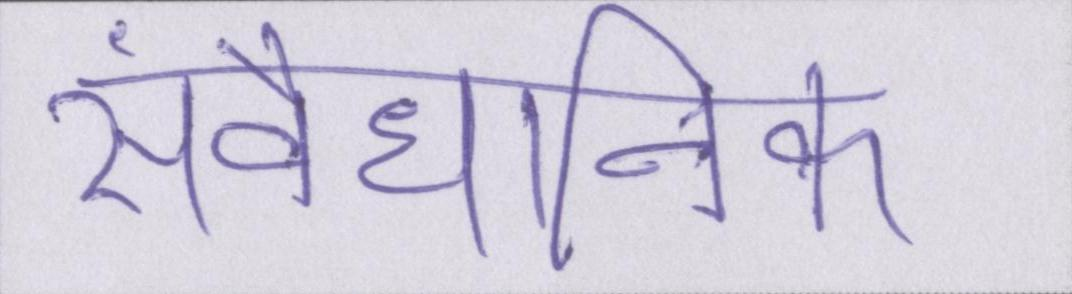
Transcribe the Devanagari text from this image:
संवैधानिक